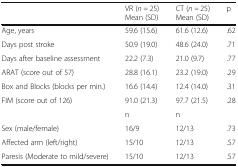
<table><thead><tr><td></td><td><b>VR (<i>n =</i> 25)Mean (SD)</b></td><td><b>CT (<i>n =</i> 25)Mean (SD)</b></td><td><b>p</b></td></tr></thead><tbody><tr><td>Age, years</td><td>59.6 (15.6)</td><td>61.6 (12.6)</td><td>.62</td></tr><tr><td>Days post stroke</td><td>50.9 (19.0)</td><td>48.6 (24.0)</td><td>.71</td></tr><tr><td>Days after baseline assessment</td><td>22.2 (7.3)</td><td>21.0 (9.7)</td><td>.77</td></tr><tr><td>ARAT (score out of 57)</td><td>28.8 (16.1)</td><td>23.2 (19.0)</td><td>.29</td></tr><tr><td>Box and Blocks (blocks per min.)</td><td>16.6 (14.4)</td><td>12.4 (14.0)</td><td>.31</td></tr><tr><td>FIM (score out of 126)</td><td>91.0 (21.3)</td><td>97.7 (21.5)</td><td>.28</td></tr><tr><td></td><td>n</td><td>n</td><td></td></tr><tr><td>Sex (male/female)</td><td>16/9</td><td>12/13</td><td>.73</td></tr><tr><td>Affected arm (left/right)</td><td>15/10</td><td>12/13</td><td>.57</td></tr><tr><td>Paresis (Moderate to mild/severe)</td><td>15/10</td><td>12/13</td><td>.57</td></tr></tbody></table>